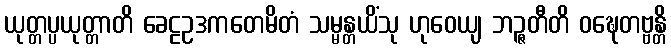
ယုတ္တပ္ပယုတ္တာတိ ခေဠဥဒကတေမိတံ သမ္မန္တယိံသု ဟုဝေယျ ဘဉ္ဇတီတိ ဝဍ္ဎေတဗ္ဗန္တိ